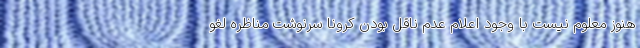
هنوز معلوم نیست با وجود اعلام عدم ناقل بودن کرونا سرنوشت مناظره لغو